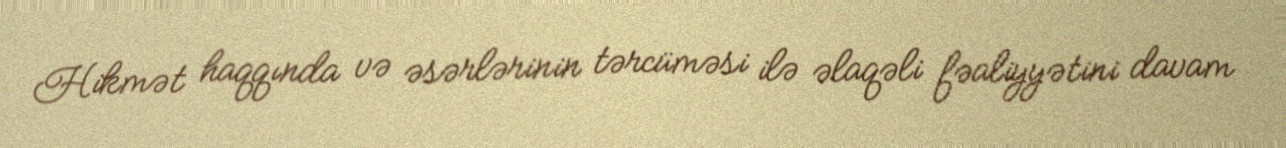
Hikmət haqqında və əsərlərinin tərcüməsi ilə əlaqəli fəaliyyətini davam